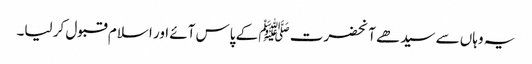
یہ وہاں سے سیدھے آنحضرت ﷺ کے پاس آئے اور اسلام قبول کر لیا۔